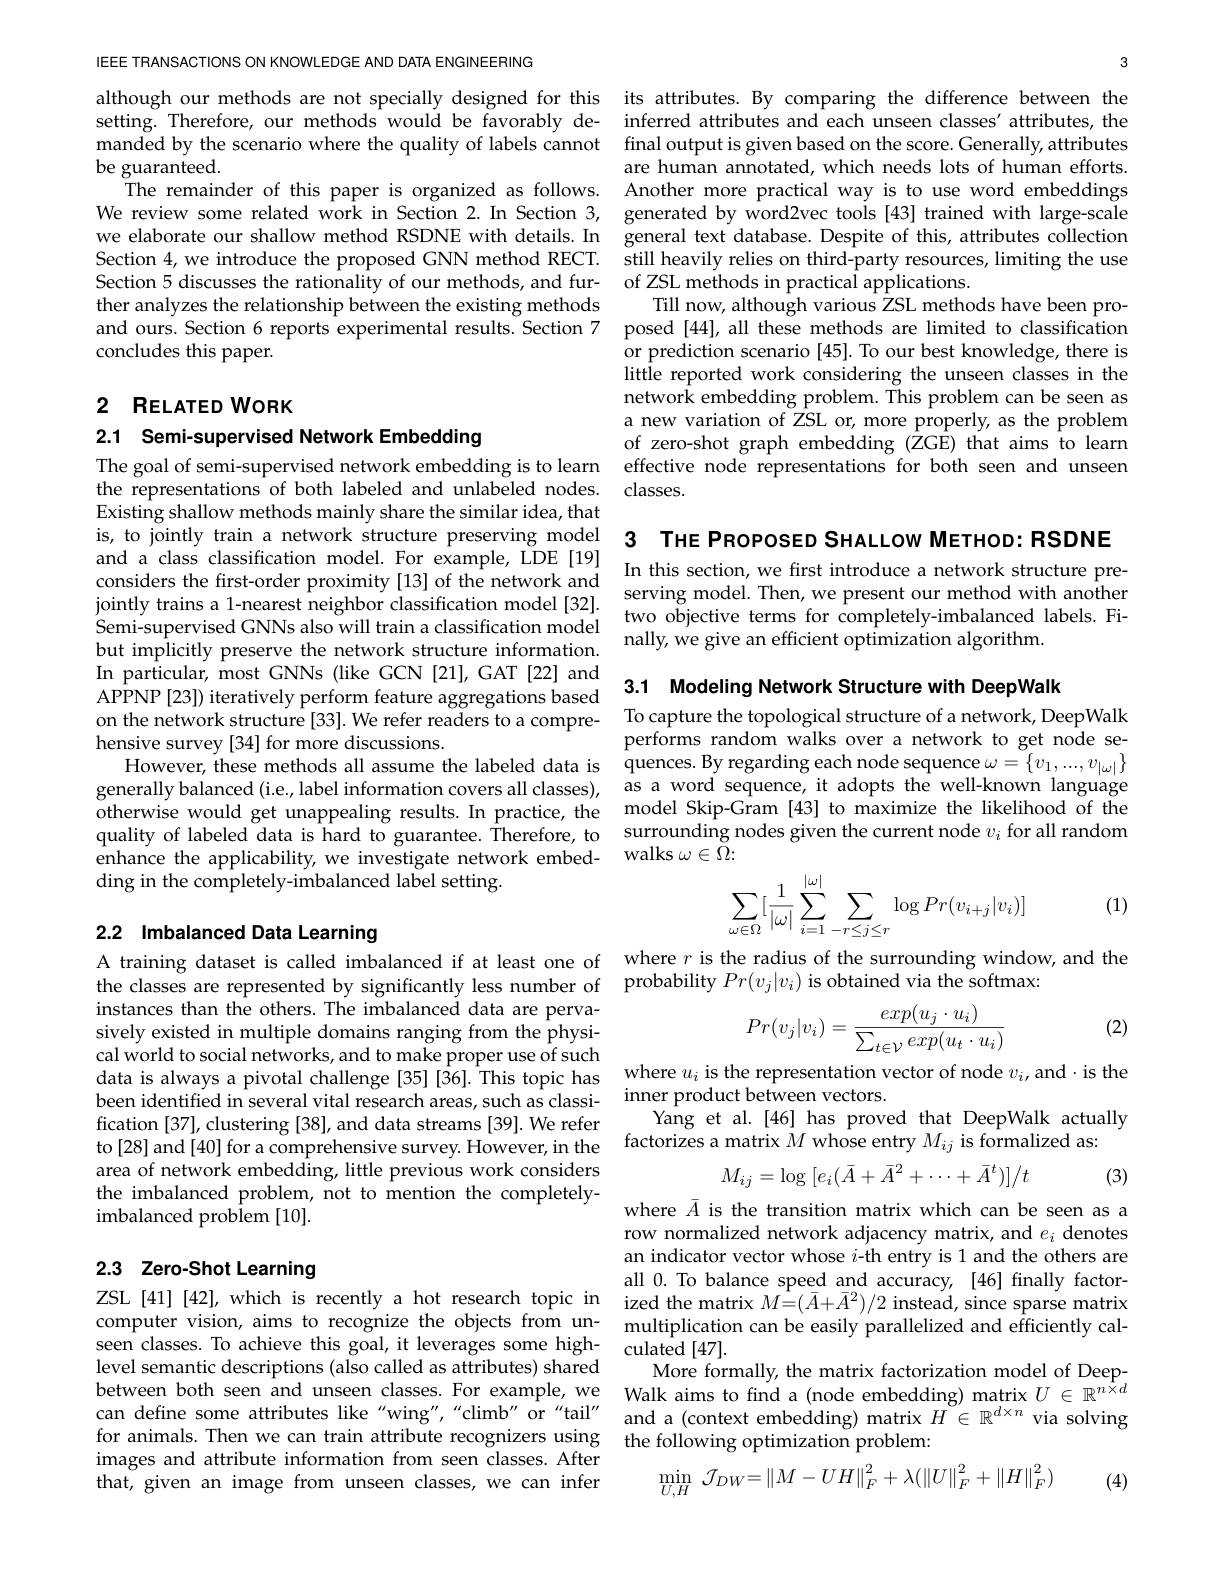
3

final output is given based on the score. Generally, attributes are human annotated, which needs lots of human efforts. Another more practical way is to use word embeddings still heavily relies on third-party resources, limiting the use of ZSL methods in practical applications.
Till now, although various ZSL methods have been proposed [44], all these methods are limited to classification or prediction scenario [45]. To our best knowledge, there is little reported work considering the unseen classes in the network embedding problem. This problem can be seen as a new variation of ZSL or, more properly, as the problem of zero-shot graph embedding (ZGE) that aims to learn
The goal of semi-supervised network embedding is to learn effective node representations for both seen and unseen
the representations of both labeled and unlabeled nodes. classes.

and a class classification model. For example, LDE [19]considers the first-order proximity [13] of the network and In this section, we first introduce a network structure preconsiders the first-order proximity [13] of the network and Then we nresent o
serving model. Then, we present our method with another two objective terms for completely-imbalanced labels. Finally, we give an efficient optimization algorithm.

IEEE TRANSACTIONS ON KNOWLEDGE AND DATA ENGINEERING

although our methods are not specially designed for this its attributes. By comparing the difference between the setting. Therefore, our methods would be favorably de- inferred attributes and each unseen classes' attributes, the manded by the scenario where the quality of labels cannot
be guaranteed.
The remainder of this paper is organized as follows.
We review some related work in Section 2. In Section 3, generated by word2vec tools [43] trained with large-scale we elaborate our shallow method RSDNE with details.In general text database. Despite of this, attributes collection Section 4, we introduce the proposed GNN method RECT. Section 5 discusses the rationality of our methods, and further analyzes the relationship between the existing methods and ours. Section 6 reports experimental results. Section 7 concludes this paper.

2 RELATED WORK

2.1 Semi-supervised Network Embedding

Existing shallow methods mainly share the similar idea, that
is, to jointly train a network structure preserving model 3 THE PROPOSED SHALLOW METHOD: RSDNE
jointly trains a 1-nearest neighbor classification model [32]. Semi-supervised GNNs also will train a classification model but implicitly preserve the network structure information. In particular, most GNNs (like GCN [21], GAT [22] and 3.1 Modeling Network Structure with DeepWalk
APPNP [23]) iteratively perform feature aggregations based on the network structure [33]. We refer readers to a comprehensive survey [34] for more discussions.
However, these methods all assume the labeled data is quences.By regarding each node sequence $\omega=\{v_1,...,v_{|\omega|}\}$ generally balanced (i.e, label information covers all classes), as a word sequence, it adopts the well-known language otherwise would get unappealing results. In practice, the model Skip-Gram [43] to maximize the likelihood of the quality of labeled data is hard to guarantee. Therefore, to enhance the applicability, we investigate network embedding in the completely-imbalanced label setting.

## 2.2 Imbalanced Data Learning A training dataset is called imbalanced if at least one of where $r$ is the radius of the surrounding window, and the

instances than the others. The imbalanced data are pervasively existed in multiple domains ranging from the physical world to social networks, and to make proper use of such data is always a pivotal challenge [35] [36]. This topic has been identified in several vital research areas, such as classification [37], clustering [38], and data streams [39]. We refer to[28] and[40] for a comprehensive survey. However, in the factorizes a matrix $M$ whose entry $M_ij$ is formalized as:
area of network embedding, little previous work considers the imbalanced problem, not to mention the completelyimbalanced problem [10].

## 2.3 Zero-Shot Learning

computer vision, aims to recognize the objects from unlevel semantic descriptions (also called as attributes) shared for animals. Then we can train attribute recognizers using images and attribute information from seen classes. After that, given an image from unseen classes, we can infer

To capture the topological structure of a network, DeepWalk performs random walks over a network to get node sesurrounding nodes given the current node $v_i$ for all random walks $\omega\in\bar{\Omega}{:}$
$$\begin{aligned}\sum_{\omega\in\Omega}[\frac{1}{|\omega|}\sum_{i=1}^{|\omega|}\sum_{-r\leq j\leq r}\log Pr(v_{i+j}|v_i)]\end{aligned}$$
(1)

the classes are represented by significantly less number of probability $Pr(v_j|v_i)$ is obtained via the softmax:

(2)
$$Pr(v_j|v_i)=\frac{exp(u_j\cdot u_i)}{\sum_{t\in\mathcal{V}}exp(u_t\cdot u_i)}$$
where $u_i$ is the representation vector of node $v_i$, and $\cdot$is the
inner product between vectors.
Yang et al.[46] has proved that DeepWalk actually
$$M_{ij}=\log\:[e_i(\bar{A}+\bar{A}^2+\cdots+\bar{A}^t)]/t$$
(3)

where $\bar{A}$ is the transition matrix which can be seen as a row normalized network adjacency matrix, and $e_i$ denotes an indicator vector whose $i$-th entry is 1 and the others are all 0. To balance speed and accuracy, [46] finally factor-
ZSL[41][42],which is recently a hot research topic in ized the matrix $M=(\bar{A}+\bar{A}^{2})/2$ instead, since sparse matrix
multiplication can be easily parallelized and efficiently cal-
seen classes. To achieve this goal, it leverages some high- culated [47].
More formally, the matrix factorization model of Deep-
between both seen and unseen classes. For example, we Walk aims to find a (node embedding) matrix $U\in\mathbb{R}^{n\times d}$ can define some attributes like "wing","climb" or"tail' and a (context embedding) matrix $H\in\mathbb{R}^{d\times n}$ via solving
the following optimization problem:
$$\operatorname*{min}_{U,H}\:\mathcal{J}_{DW}\:=\:\left\|M-UH\right\|_{F}^{2}+\lambda(\left\|U\right\|_{F}^{2}+\left\|H\right\|_{F}^{2})$$
(4)